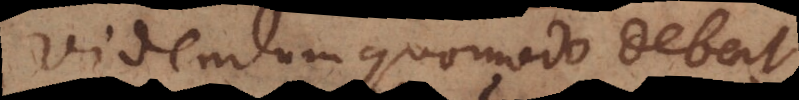
videndum quomodo debent